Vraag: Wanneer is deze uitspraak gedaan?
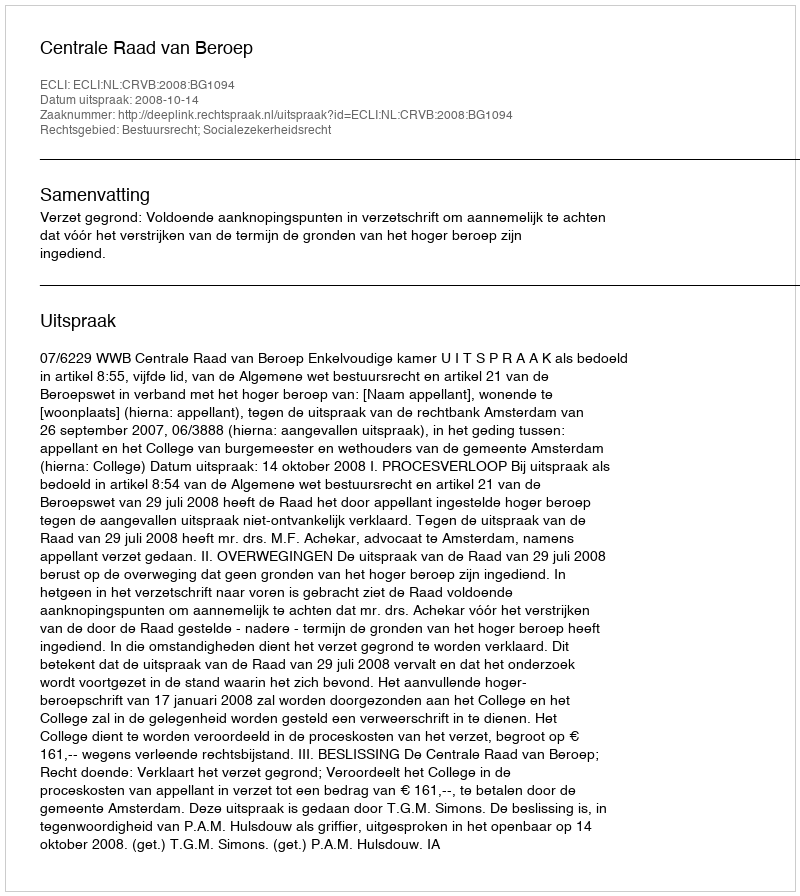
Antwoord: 2008-10-14